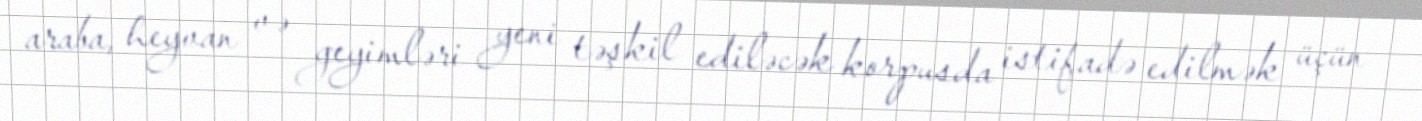
araba, heyvan və geyimləri yeni təşkil ediləcək korpusda istifadə edilmək üçün